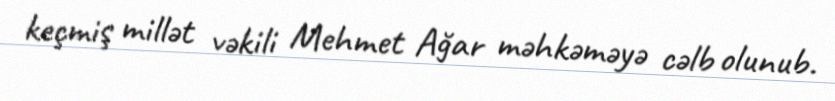
keçmiş millət vəkili Mehmet Ağar məhkəməyə cəlb olunub.